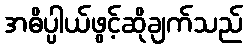
အဓိပ္ပါယ်ဖွင့်ဆိုချက်သည်